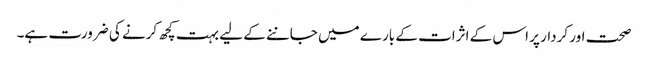
صحت اور کردار پر اس کے اثرات کے بارے میں جاننے کے لیے بہت کچھ کرنے کی ضرورت ہے۔